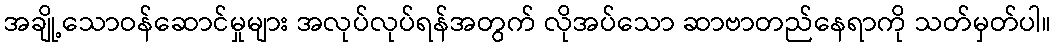
အချို့သောဝန်ဆောင်မှုများ အလုပ်လုပ်ရန်အတွက် လိုအပ်သော ဆာဗာတည်နေရာကို သတ်မှတ်ပါ။